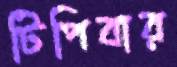
টিপিবার